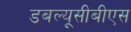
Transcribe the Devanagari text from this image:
डबल्यूसीबीएस